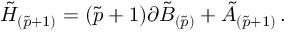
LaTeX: \tilde { H } _ { ( \tilde { p } + 1 ) } = ( \tilde { p } + 1 ) \partial \tilde { B } _ { ( \tilde { p } ) } + \tilde { A } _ { ( \tilde { p } + 1 ) } \, .